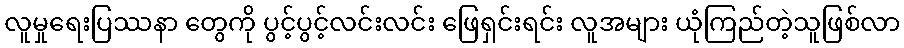
လူမှုရေးပြဿနာ တွေကို ပွင့်ပွင့်လင်းလင်း ဖြေရှင်းရင်း လူအများ ယုံကြည်တဲ့သူဖြစ်လာ